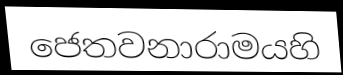
ජෙතවනාරාමයහි